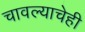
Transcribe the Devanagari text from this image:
चावल्याचेही